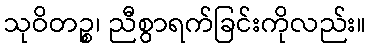
သုဝိတဉ္စ၊ ညီစွာရက်ခြင်းကိုလည်း။